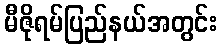
မီဇိုရမ်ပြည်နယ်အတွင်း